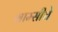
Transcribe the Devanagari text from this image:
ग्राम्सीचे